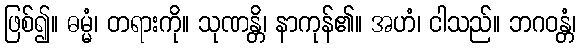
ဖြစ်၍။ ဓမ္မံ၊ တရားကို။ သုဏန္တိ၊ နာကုန်၏။ အဟံ၊ ငါသည်။ ဘဂဝန္တံ၊